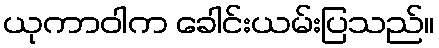
ယုကာဝါက ခေါင်းယမ်းပြသည်။